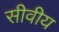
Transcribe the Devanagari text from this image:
सीवीय